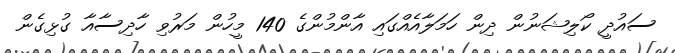
ސައުދީ ކޯލިޝަނުން ދިން ހަމަލާއެއްގައި އާންމުންގެ 140 މީހުން މަރުވި ހާދިސާއާ ގުޅިގެން